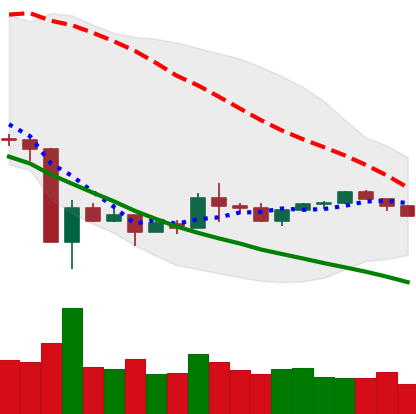
Ticker: XLM-USD
Chart end date: 2020-03-29
Forward return: 9.027%
Label: up_7plus